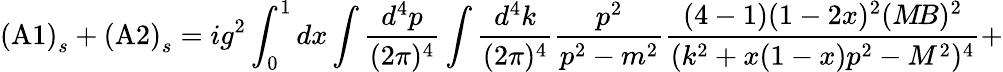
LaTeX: \mathrm{(A1)}_{s}+\mathrm{(A2)}_{s}=ig^{2}\int_{0}^{1}dx\int{\frac{d^{4}p}{(2\pi)^{4}}}\int{\frac{d^{4}k}{(2\pi)^{4}}}{\frac{p^{2}}{p^{2}-m^{2}}}{\frac{(4-1)(1-2x)^{2}(M\! B)^{2}}{(k^{2}+x(1-x)p^{2}-M^{2})^{4}}}+